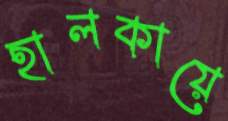
হালকায়ে